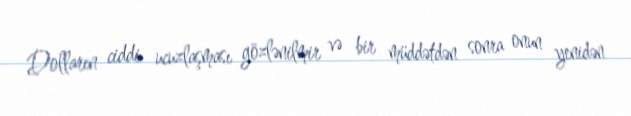
Dolların ciddi ucuzlaşması gözlənilmir və bir müddətdən sonra onun yenidən